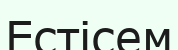
Естісем